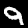
Label: 9